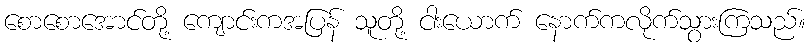
စောစောအောင်တို့ ကျောင်းကအပြန် သူတို့ ငါးယောက် နောက်ကလိုက်သွားကြသည်။